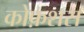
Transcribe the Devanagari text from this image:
कोफ़शस